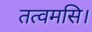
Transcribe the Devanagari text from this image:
तत्वमसि।